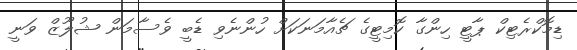
ޑިމޮކްރެޓިކް ޕާޓީ ހިންގާ ކޮމިޓީގެ ޗެއާމަނަކަށް ހުންނެވި ޑެބީ ވެސާމަން ޝުލޫޒް ވަނީ